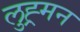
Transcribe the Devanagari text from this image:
लुह्र्मन